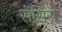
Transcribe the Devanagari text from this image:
सेंसिस